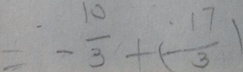
= - \frac { 1 0 } { 3 } + ( - \frac { 1 7 } { 3 } )